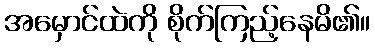
အမှောင်ထဲကို စိုက်ကြည့်နေမိ၏။